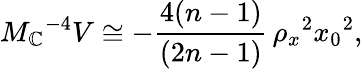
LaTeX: M_{\mathbb{C}}{}^{-4}V\cong-\frac{{4(n-1)}}{{(2n-1)}}\, \rho_{x}{}^{2}x_{0}{}^{2},